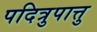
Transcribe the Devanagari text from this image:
पदित्रुपात्तु